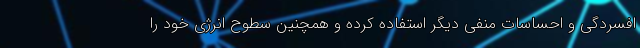
افسردگی و احساسات منفی دیگر استفاده کرده و همچنین سطوح انرژی خود را